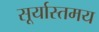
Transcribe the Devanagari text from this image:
सूर्यास्तमय